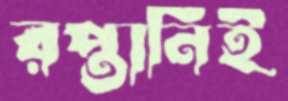
রপ্তানিই